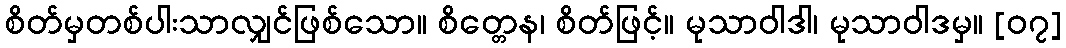
စိတ်မှတစ်ပါးသာလျှင်ဖြစ်သော။ စိတ္တေန၊ စိတ်ဖြင့်။ မုသာဝါဒါ၊ မုသာဝါဒမှ။ [၀၇]